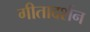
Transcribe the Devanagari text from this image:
गीतादर्शन